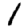
Digit: 1